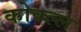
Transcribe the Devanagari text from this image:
कोक्ल्ल